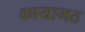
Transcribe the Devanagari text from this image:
कायामठ